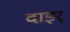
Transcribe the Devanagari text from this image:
दाइर्ं